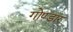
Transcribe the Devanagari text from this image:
गोण्डार